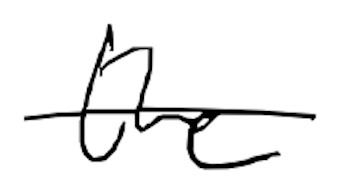
Text: the
Cross-out: single-line
Writing tool: digital_black